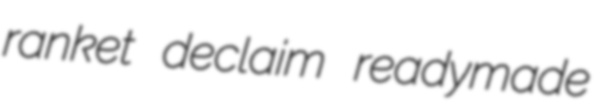
ranket declaim readymade